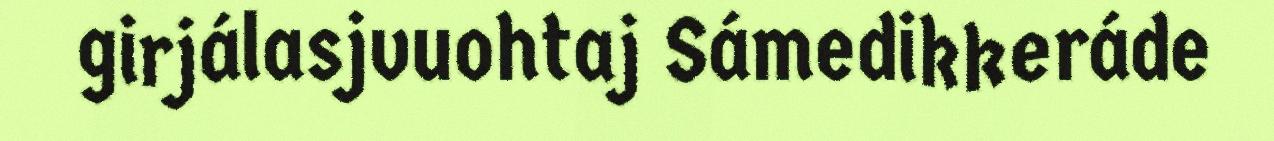
girjálasjvuohtaj Sámedikkeráde